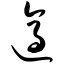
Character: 适